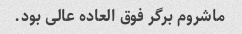
ماشروم برگر فوق العاده عالی بود.